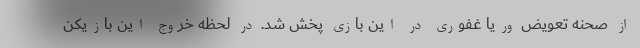
از صحنه تعویض وریا غفوری در این بازی پخش شد. در لحظه خروج این بازیکن